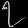
Digit: ၇